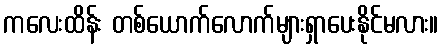
ကလေးထိန်း တစ်ယောက်လောက်များရှာပေးနိုင်မလား။